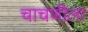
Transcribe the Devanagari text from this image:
चाचणीला